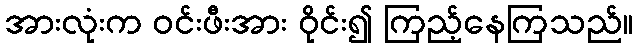
အားလုံးက ဝင်းဖီးအား ဝိုင်း၍ ကြည့်နေကြသည်။